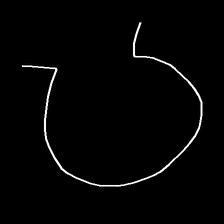
Glyph: weave